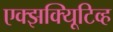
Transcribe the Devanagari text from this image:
एक्झक्यिूटिव्ह